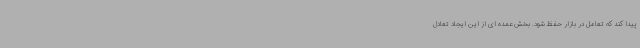
پیدا کند که تعامل در بازار حفظ شود. بخش عمده ای از این ایجاد تعادل